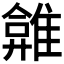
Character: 𩀂